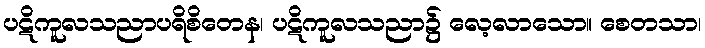
ပဋိကူလသညာပရိစိတေန၊ ပဋိကူလသညာ၌ လေ့လာသော။ စေတသာ၊